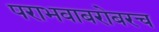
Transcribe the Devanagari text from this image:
पराभवाबरोबरच